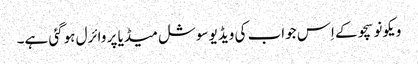
ویکونو سچو کے اِس جواب کی ویڈیو سوشل میڈیا پر وائرل ہوگئی ہے۔